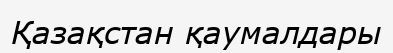
Қазақстан қаумалдары